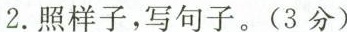
2.照样子，写句子。(3分)